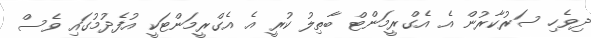
ދިވެހި ސަރުކާރުން އެ އެގްރީމަންޓް ބާތިލު ކުރީ އެ އެގްރީމަންޓަކީ އުފެދުމުގައި ވެސް